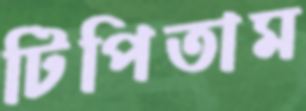
টিপিতাম